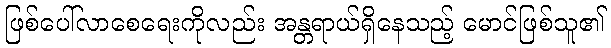
ဖြစ်ပေါ်လာစေရေးကိုလည်း အန္တရာယ်ရှိနေသည့် မောင်ဖြစ်သူ၏